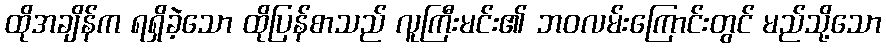
ထိုအချိန်က ရရှိခဲ့သော ထိုပြန်စာသည် လူကြီးမင်း၏ ဘဝလမ်းကြောင်းတွင် မည်သို့သော